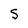
Character: S